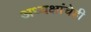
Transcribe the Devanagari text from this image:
अध्यक्षांचेही